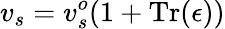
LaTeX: v_{s}=v_{s}^{o}(1+\mathrm{Tr}(\epsilon))